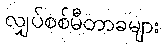
လျှပ်စစ်မီတာခများ